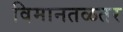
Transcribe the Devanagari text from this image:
विमानतळतर